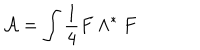
{ \mathcal A } = \int \frac { 1 } { 4 } F \wedge ^ { * } F